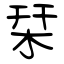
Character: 栞